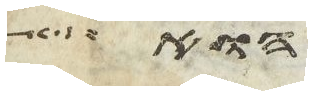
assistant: הוא